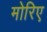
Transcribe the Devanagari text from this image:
मोरिए